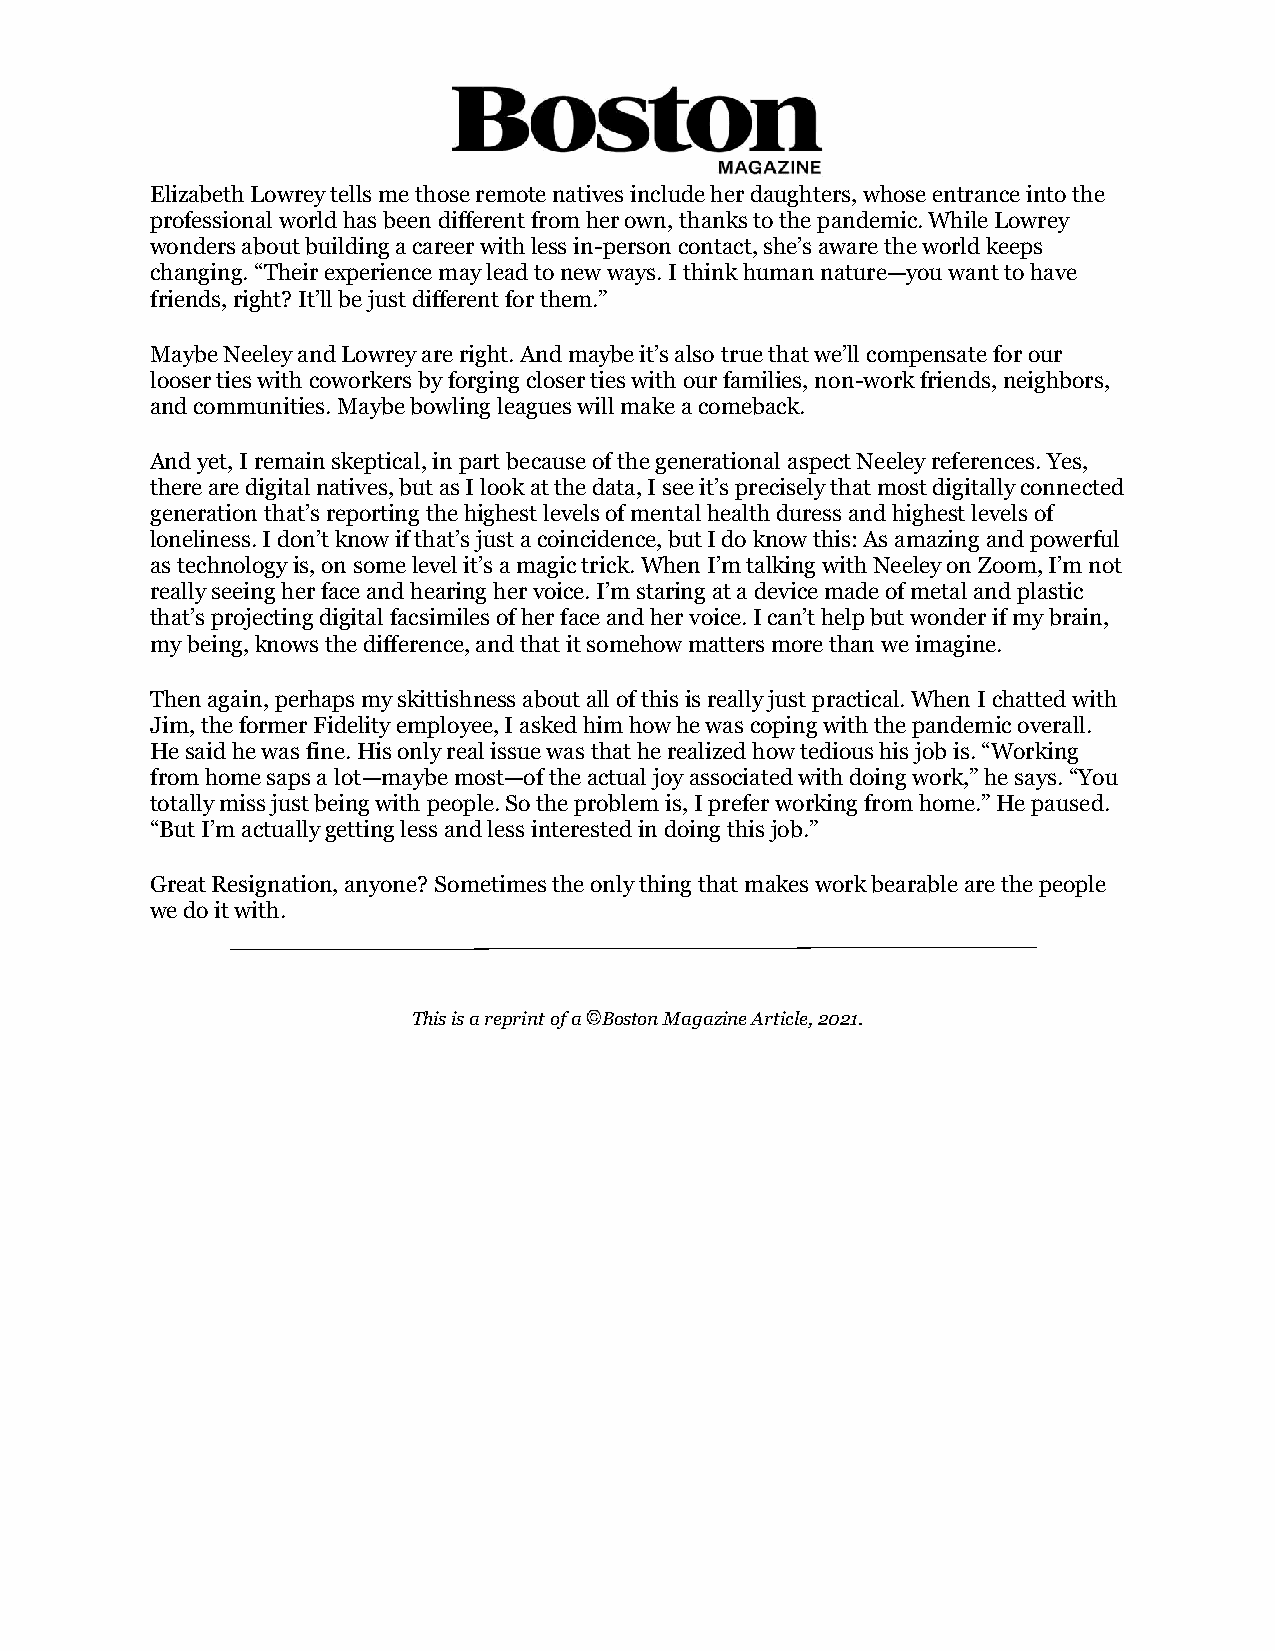
Elizabeth Lowrey tells me those remote natives include her daughters, whose entrance into the
 professional world has been different from her own, thanks to the pandemic. While Lowrey
 wonders about building a career with less in-person contact, she’s aware the world keeps
 changing. “Their experience may lead to new ways. I think human nature—you want to have
 friends, right? It’ll be just different for them.”
 Maybe Neeley and Lowrey are right. And maybe it’s also true that we’ll compensate for our
 looser ties with coworkers by forging closer ties with our families, non-work friends, neighbors,
 and communities. Maybe bowling leagues will make a comeback.
 And yet, I remain skeptical, in part because of the generational aspect Neeley references. Yes,
 there are digital natives, but as I look at the data, I see it’s precisely that most digitally connected
 generation that’s reporting the highest levels of mental health duress and highest levels of
 loneliness. I don’t know if that’s just a coincidence, but I do know this: As amazing and powerful
 as technology is, on some level it’s a magic trick. When I’m talking with Neeley on Zoom, I’m not
 really seeing her face and hearing her voice. I’m staring at a device made of metal and plastic
 that’s projecting digital facsimiles of her face and her voice. I can’t help but wonder if my brain,
 my being, knows the difference, and that it somehow matters more than we imagine.
 Then again, perhaps my skittishness about all of this is really just practical. When I chatted with
 Jim, the former Fidelity employee, I asked him how he was coping with the pandemic overall.
 He said he was fine. His only real issue was that he realized how tedious his job is. “Working
 from home saps a lot—maybe most—of the actual joy associated with doing work,” he says. “You
 totally miss just being with people. So the problem is, I prefer working from home.” He paused.
 “But I’m actually getting less and less interested in doing this job.”
 Great Resignation, anyone? Sometimes the only thing that makes work bearable are the people
 we do it with.
 This is a reprint of a Boston Magazine Article, 2021.